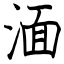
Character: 湎